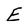
Character: E